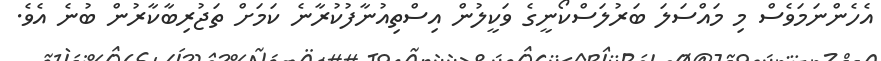
އެހެންނަމަވެސް މި މައްސަލަ ބަރުލަސްކޯނީގެ ވަކީލުން އިސްތިއުނާފުކުރާނެ ކަމަށް ތަޖުރިބާކާރުން ބުނެ އެވެ.